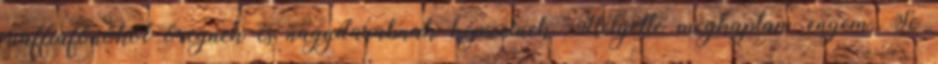
maffiafőnököt öregnek és nagydarabnak képzelnek. Helyette megkaptam engem. Se